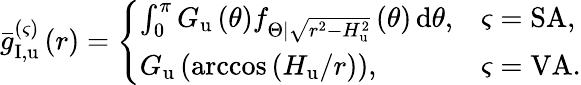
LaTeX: \begin{array}{r}{\bar{g}_{\mathrm{I},\mathrm{u}}^{\left(\varsigma\right)}\left(r\right)=\left\{ \begin{array}{ll}{\int_{0}^{\pi}{G_{\mathrm{u}}\left(\theta\right)f_{\Theta|\sqrt{r^{2}-H_{\mathrm{u}}^{2}}}\left(\theta\right)\, \mathrm{d}\theta},}&{\varsigma=\mathrm{SA},}\\ {G_{\mathrm{u}}\left(\operatorname{arccos}\left(H_{\mathrm{u}}/r\right)\right),}&{\varsigma=\mathrm{VA}.}\end{array}\right.}\end{array}